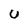
Character: U